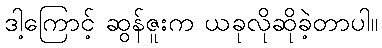
ဒါ့ကြောင့် ဆွန်ဇူးက ယခုလိုဆိုခဲ့တာပါ။